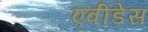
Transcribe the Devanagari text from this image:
एवीडेंस